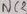
Text: NC2